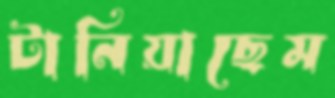
টানিয়াছেম